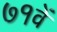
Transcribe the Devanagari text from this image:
७१वें